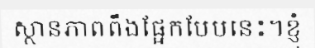
ស្ថានភាពពឹងផ្អែកបែបនេះ។ខ្ញុំ